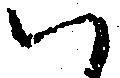
ハ